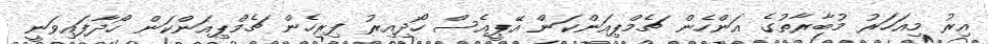
އިރު މިއަހަރު މުބާރާތުގެ އަންހެން ޗެމްޕިއަންކަން އޭޕީއެސް ހޯދިއިރު ފިރިހެން ޗެމްޕިއަންކަން ހޯދާފައިވަނީ